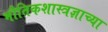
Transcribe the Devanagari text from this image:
भौतिकशास्त्रज्ञाच्या